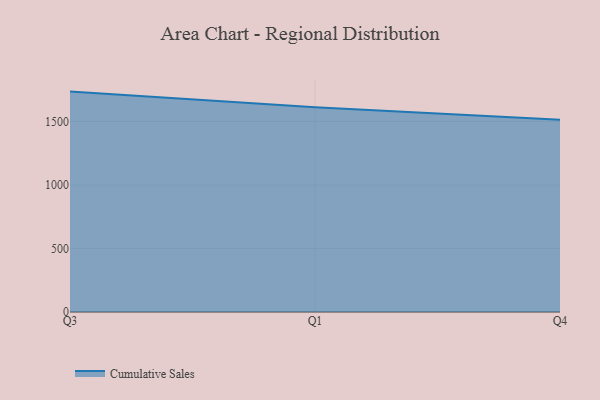
{"axis": {"x": "Quarter", "y": "Customer Acquisition Cost (USD)"}, "legend": ["Cumulative Sales"], "data": [{"x": "Q3", "y": 1735.7, "type": "Cumulative Sales"}, {"x": "Q1", "y": 1612.7, "type": "Cumulative Sales"}, {"x": "Q4", "y": 1514.9, "type": "Cumulative Sales"}]}